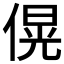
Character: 𪝚